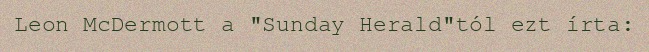
Leon McDermott a "Sunday Herald"tól ezt írta: